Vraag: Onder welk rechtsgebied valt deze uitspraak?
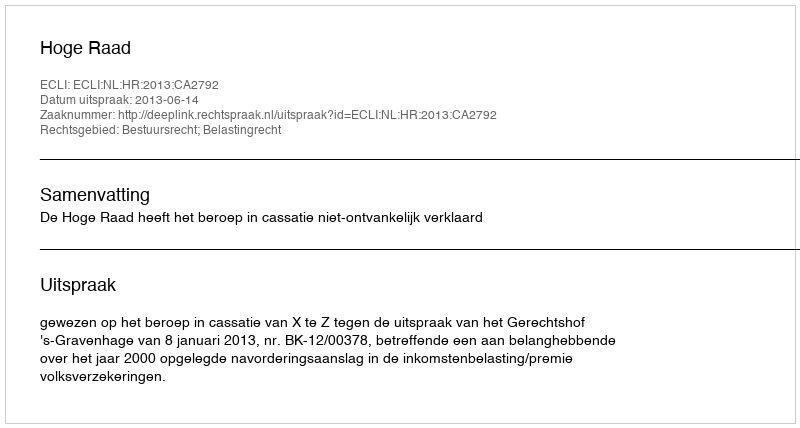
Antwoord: Bestuursrecht; Belastingrecht